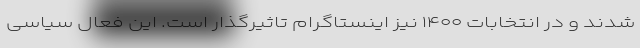
شدند و در انتخابات ۱۴۰۰ نیز اینستاگرام تاثیرگذار است. این فعال سیاسی